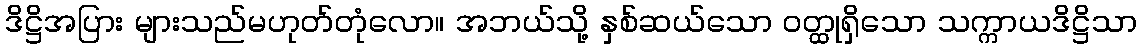
ဒိဋ္ဌိအပြား များသည်မဟုတ်တုံလော။ အဘယ်သို့ နှစ်ဆယ်သော ဝတ္ထုရှိသော သက္ကာယဒိဋ္ဌိသာ